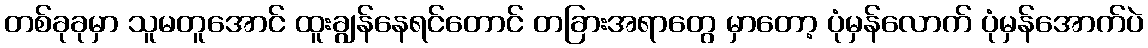
တစ်ခုခုမှာ သူမတူအောင် ထူးချွန်နေရင်တောင် တခြားအရာတွေ မှာတော့ ပုံမှန်လောက် ပုံမှန်အောက်ပဲ